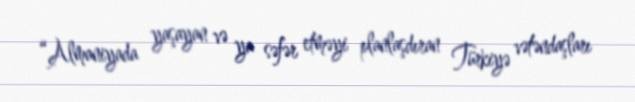
“Almaniyada yaşayan və ya səfər etməyi planlaşdıran Türkiyə vətəndaşları